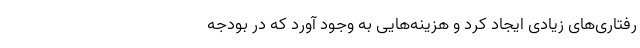
رفتاری‌های زیادی ایجاد کرد و هزینه‌‌هایی به وجود آورد که در بودجه